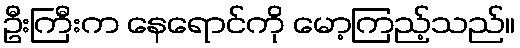
ဦးကြီးက နေရောင်ကို မော့ကြည့်သည်။